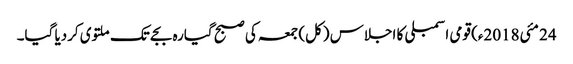
24 مئی2018ء) قومی اسمبلی کا اجلاس (کل) جمعہ کی صبح گیارہ بجے تک ملتوی کردیا گیا۔